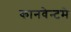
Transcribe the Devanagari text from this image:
कानवेन्टमे